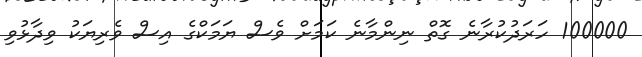
100000 ހަރަދުކުރާނެ ގޮތް ނިންމާނެ ކަމަށް ވެސް ޔަމަކްގެ އިސް ވެރިޔަކު ވިދާޅުވި